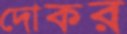
দোকর